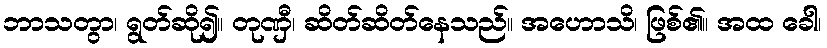
ဘာသတွာ၊ ရွတ်ဆို၍။ တုဏှီ၊ ဆိတ်ဆိတ်နေသည်။ အဟောသိ၊ ဖြစ်၏။ အထ ခေါ၊